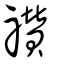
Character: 禶